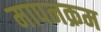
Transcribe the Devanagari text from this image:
मापनक्रम